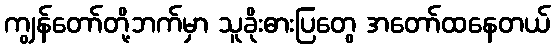
ကျွန်တော်တို့ဘက်မှာ သူခိုးဓားပြတွေ အတော်ထနေတယ်